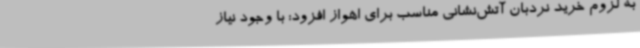
به لزوم خرید نردبان آتش‌نشانی مناسب برای اهواز افزود: با وجود نیاز